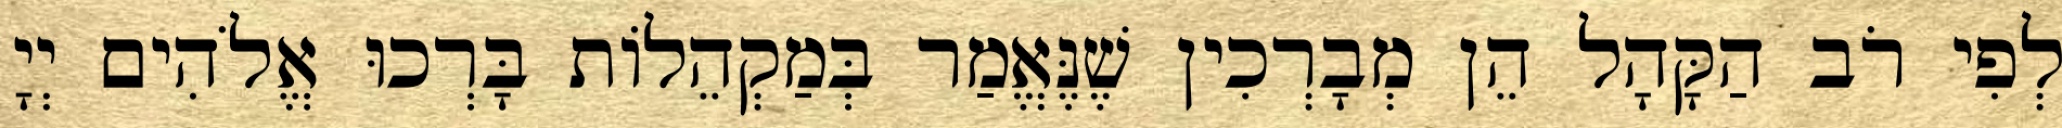
לְפִי רֹב הַקָּהָל הֵן מְבָרְכִין שֶׁנֶּאֱמַר בְּמַקְהֵלוֹת בָּרְכוּ אֱלֹהִים יְיָ